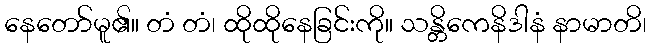
နေတော်မူ၏။ တံ တံ၊ ထိုထိုနေခြင်းကို။ သန္တိကေနိဒါနံ နာမာတိ၊